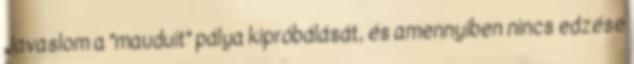
Javaslom a "mauduit" pálya kipróbálását, és amennyiben nincs edzése